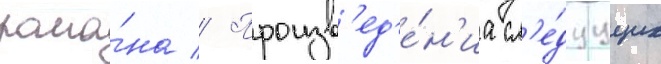
рома́на // Произв'ед'е́н'иа сл'е́дуущих